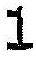
1